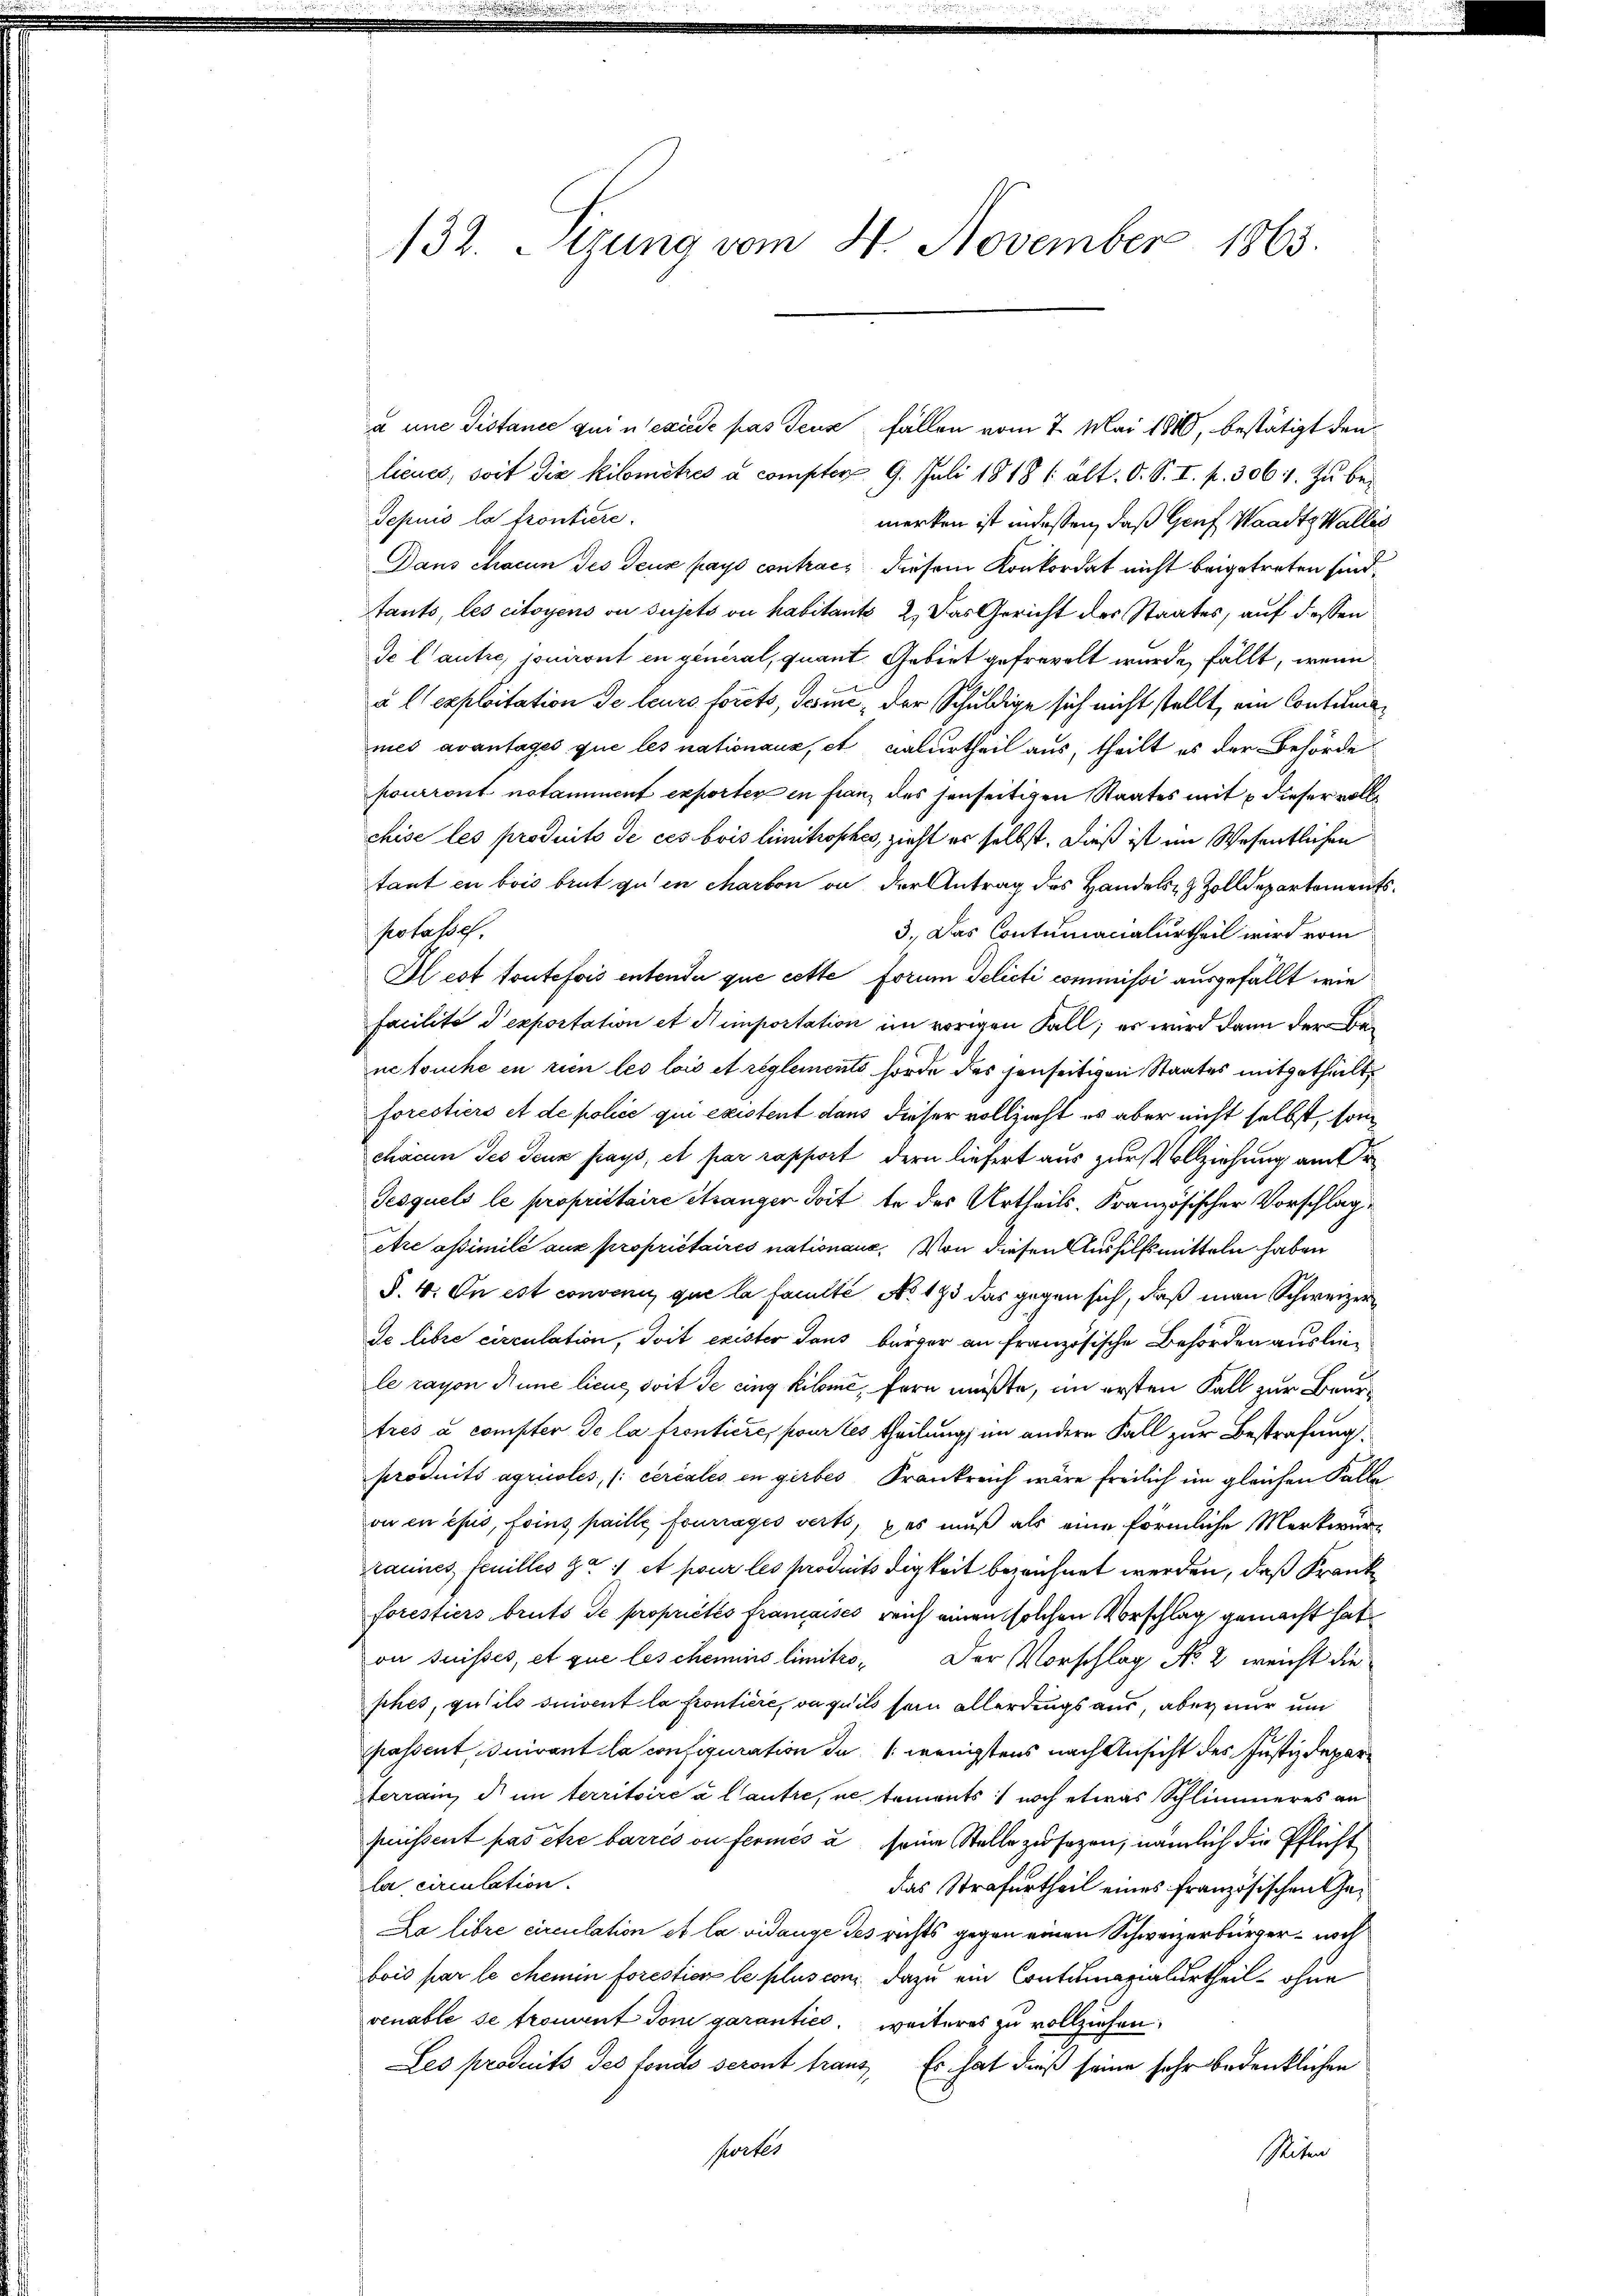
132. Sizung vom 4. November 1863.

a une distance qui n’excède pas Teuz fällen vom 7. Mai 1880, bestätigt denlieues, soit die Kilometzes a compter 9. Juli 1818 f: alt. O. S. I. p. 3061. zu be¬
Sepuis la frontiere.
merken ist indessen, daß Genf Waadt, Wallis
Dans chacun des Teux pays contrach diesem Konkordat nicht beigetreten sind.
tants, les citoyens ou sujets ou habitants 2. Das Gericht des Staates, auf dessen
de Cautre, jouiront in general, quant. Gebiet gefrevelt wurde, fällt, wenn
à l’exploitation de leurs forets, Gesind, der Schuldige sich nicht stellt, ein Contimames avantages que les nationaux, et calurtheil aus, theilt es der Behörde
pourront notaminent exporter in franz des jenseitigen Staates mit u dieser vollchise les produito de ces bois limitrophes, zieht er selbst. Dieß ist im Wesentlichen
tant en bois brut zu en charben an der Antrag des Handels Zolldepartements
potasse.
3. Das Contumanalurtheil wird vom
Il est toutefois entende que cette Forum Delicti commissi ausgefällt wie
facilité exportation et Stemportation im vorigen Fall, es wird dann der Benetouche en rien les lois et reglemento hörde des jenseitigen Staates mitgetheilt,
forestiers et de police qui existent dans dieser vollzieht es aber nicht selbst, som
chacun Jes deux pays, et par rapport dern liefert aus zur Vollziehung am r
Jesquels le propriétaire Strangen doit de des Urtheils. Französischer Vorschlage
etre assimilé aux propriétaires nationaus. Von diesen Aushilfsmitteln haben
§. 4. On est convenu que la faculté No 133 das gegen sich, daß man Schweizer
de libre circulation, doit exister Saus bürger an französische Behörden ausliele rayon Rune lieue, soit de cing Kilomić, fern müßte, im ersten Fall zur Beurtres à compter de la frontiere, pour les theilung, im andere Fall zur Bestrafung
produits agricoles, (: ceriales in gerbes Krankreich wäre freilich im gleichen Falle
ou en ejus, foins paille fourages verts, pas muß als eine förmliche Merkwür¬
Kannes, feuilles ca 1 et pour les fardnits digkeit bezeichnet werden, daß Krank
forestiers bruts de propriétés franaises reich einen solchen Vorschlag gemacht hat
on suisses, et que les chemins limitro¬
Der Vorschlag No. 2 weicht die
shes, gutils suivent la frontiere, ou quits sein allerdings aus, aber nur um
passent, suivant la configuration das wenigstens nach Ansicht des Justizdeparsterram, d. in territoire à l’autre, ne tements noch etwas Schlimmeres an
puissent pas etze barrés ou fermés u. seine Stelle zu sezen, nämlich die Pflicht
la circulation.
das Strafurtheil eines französischen Ge¬
La libre circulation et la vidange des richts gegen einen Schweizerbürger- noch
bois par le chemin forestier le plus con dazu ein Contumanalurtheil ohne
venable se troment doni garantici, weiteres zu vollziehen.
Les produits des fonds seront franz. Es hat dieß seine sehr bedenklichen
sworter
Seiten